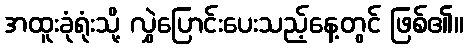
အထူးခုံရုံးသို့ လွှဲပြောင်းပေးသည့်နေ့တွင် ဖြစ်၏။